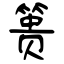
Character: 篑